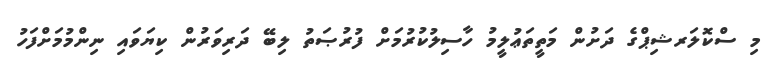
މި ސްކޮލަރޝިޕްގެ ދަށުން މަތީތަޢުލީމު ހާސިލުކުރުމަށް ފުރުޞަތު ލިބޭ ދަރިވަރުން ކިޔަވައި ނިންމުމަށްފަހު